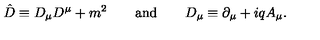
{ \hat { D } } \equiv D _ { \mu } D ^ { \mu } + m ^ { 2 } \qquad \mathrm { a n d } \qquad D _ { \mu } \equiv \partial _ { \mu } + i q A _ { \mu } .